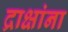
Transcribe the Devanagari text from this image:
द्राक्षांना